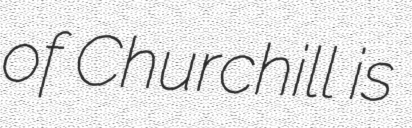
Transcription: of Churchill is